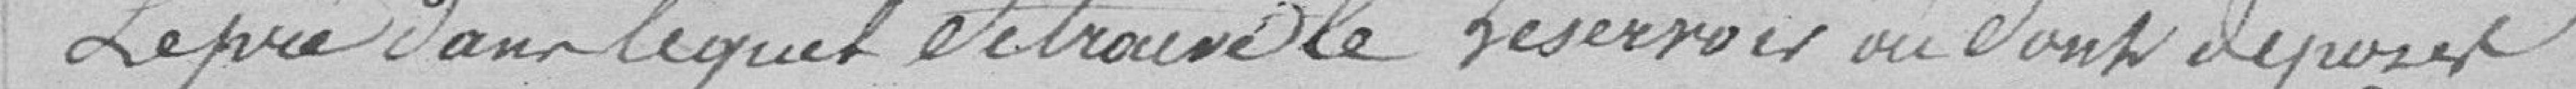
Le pré dans lequel se trouve le réservoir où sont déposés